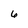
Character: 6